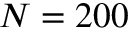
N = 2 0 0